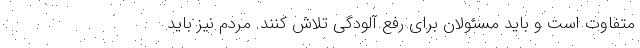
متفاوت است و باید مسئولان برای رفع آلودگی تلاش‌ کنند. مردم نیز باید